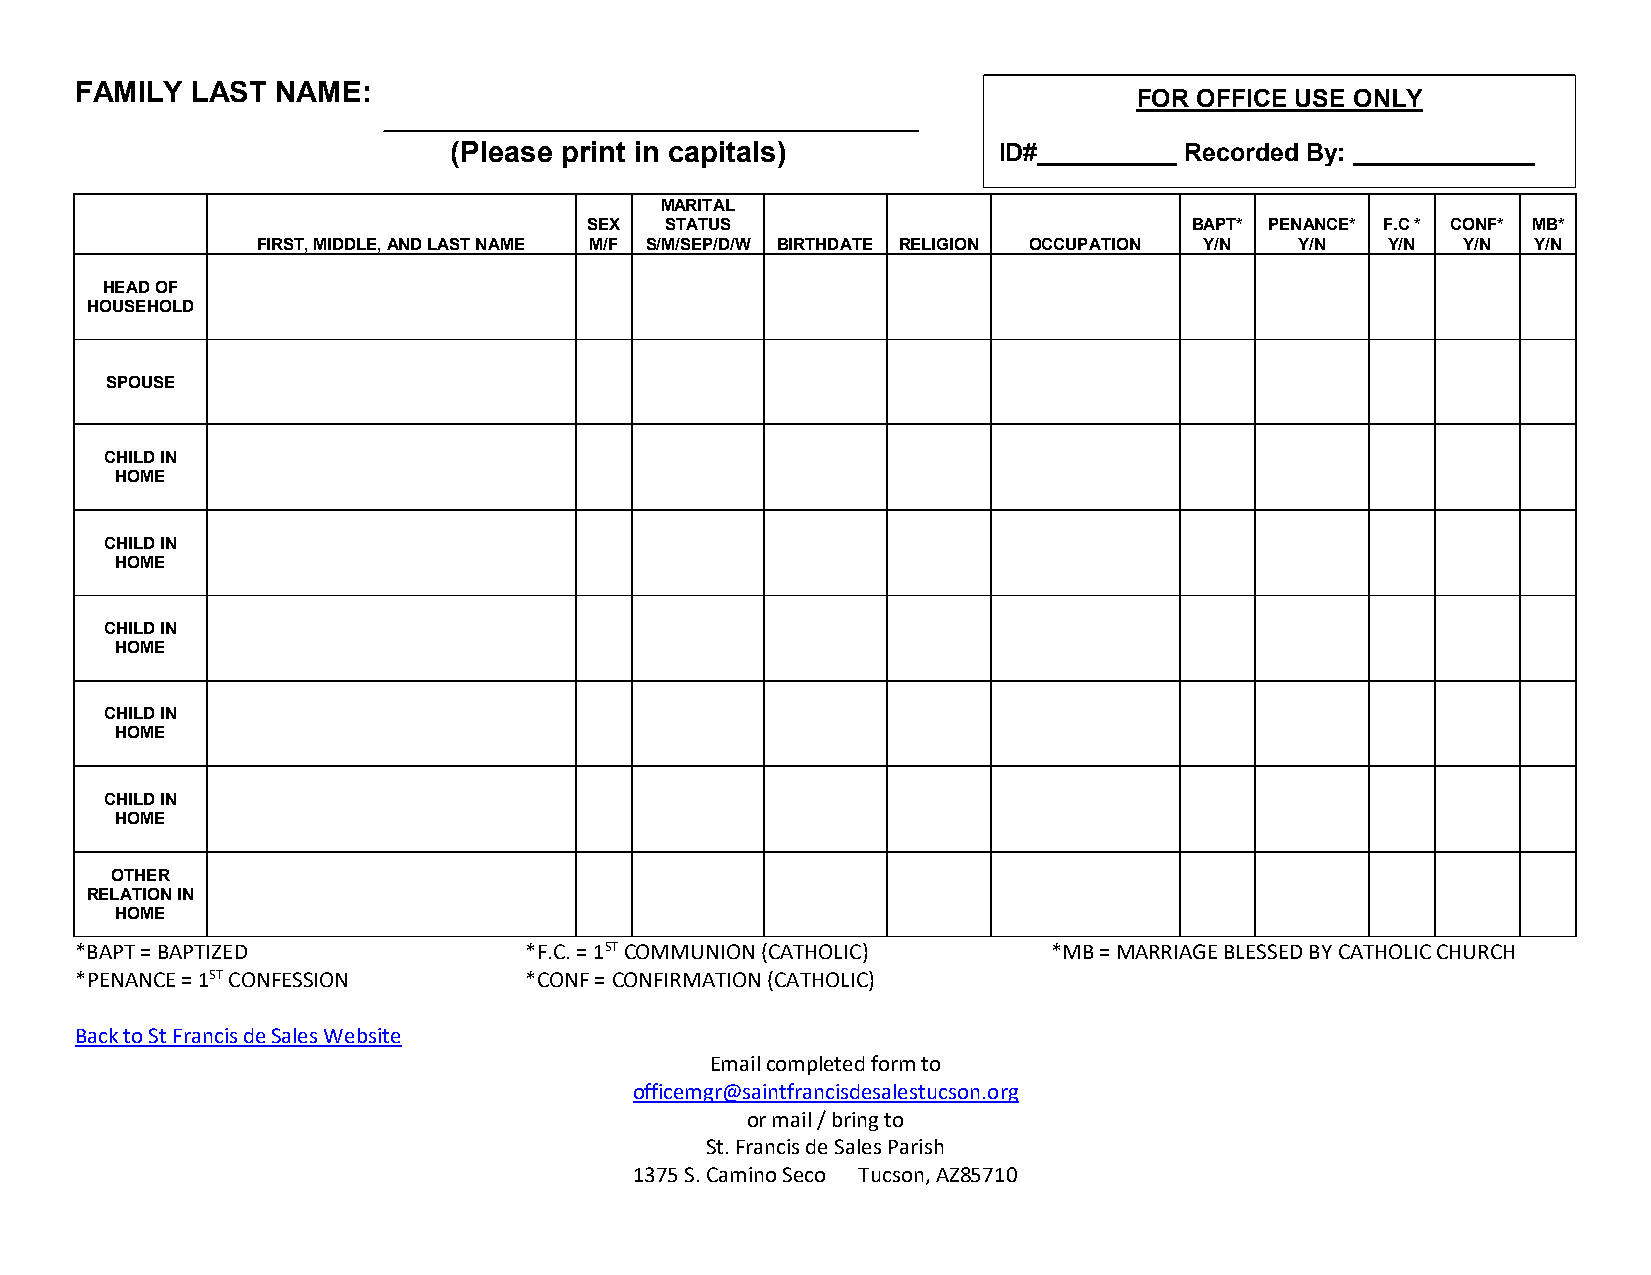
FAMILY  LAST NAME:
 FOR OFFICE USE ONLY
 (Please print in capitals)          ID#__________ Recorded By: _____________
 MARITAL
 SEX  STATUS                             BAPT* PENANCE* F.C * CONF* MB*
 FIRST, MIDDLE, AND LAST NAME M/F S/M/SEP/D/W BIRTHDATE RELIGION OCCUPATION Y/N Y/N Y/N Y/N Y/N
 HEAD OF
 HOUSEHOLD
 SPOUSE
 CHILD IN
 HOME
 CHILD IN
 HOME
 CHILD IN
 HOME
 CHILD IN
 HOME
 CHILD IN
 HOME
 OTHER
 RELATION IN
 HOME
 *BAPT = BAPTIZED              *F.C. = 1ST COMMUNION (CATHOLIC)   *MB = MARRIAGE BLESSED BY CATHOLIC CHURCH
 *PENANCE = 1ST CONFESSION     *CONF = CONFIRMATION (CATHOLIC)
 Back to St Francis de Sales Website
 Email completed form to
 officemgr@saintfrancisdesalestucson.org
 or mail / bring to
 St. Francis de Sales Parish
 1375 S. Camino Seco Tucson, AZ85710